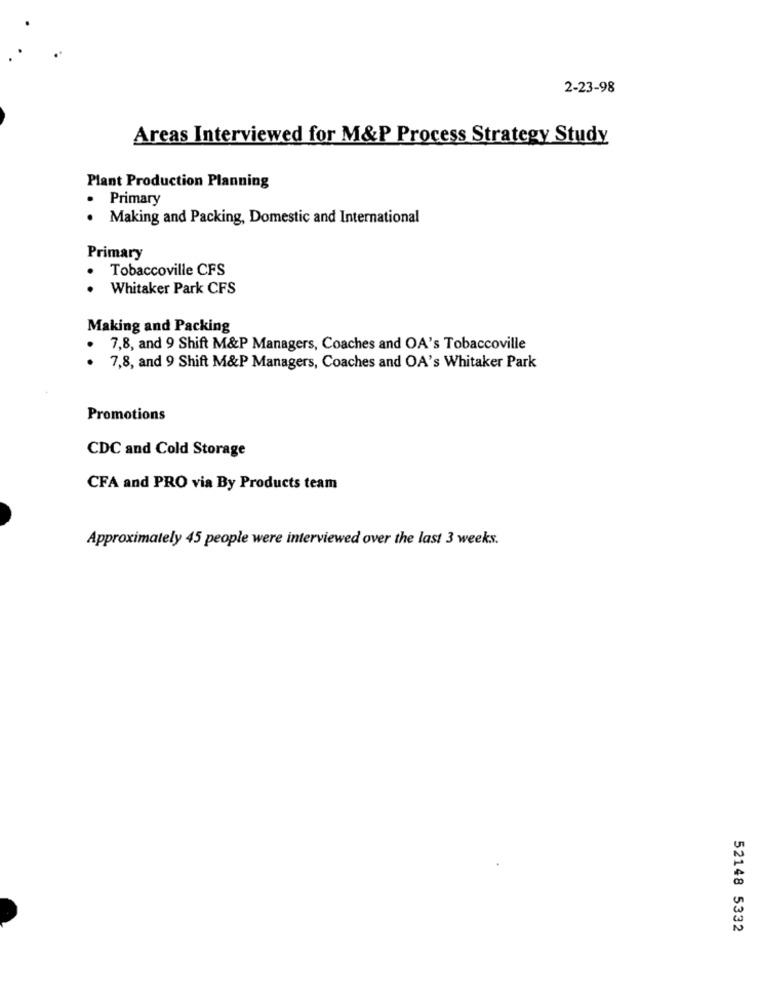
2-23-98
Areas Interviewed for M&P Process Strategy Study
Plant Production Planning
· Primary
. Making and Packing, Domestic and International
Primary
.
Tobaccoville CFS
. .
Whitaker Park CFS
Making and Packing
7,8, and 9 Shift M&P Managers, Coaches and OA's Tobaccoville
7,8, and 9 Shift M&P Managers, Coaches and OA's Whitaker Park
Promotions
CDC and Cold Storage
CFA and PRO via By Products team
Approximately 45 people were interviewed over the last 3 weeks.
52148 5332